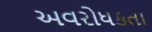
અવરોધકતા